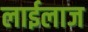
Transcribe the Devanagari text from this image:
लाईलाज